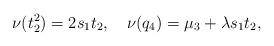
LaTeX: \begin{align*}\nu(t_2^2)=2s_1t_2, \ \ \ \nu(q_4)=\mu_3+\lambda s_1t_2,\end{align*}